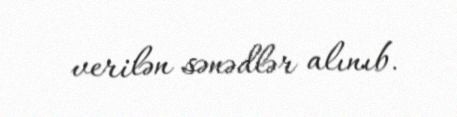
verilən sənədlər alınıb.